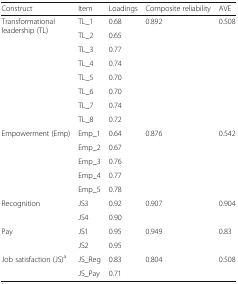
| Construct | Item | Loadings | Composite reliability | AVE |
 | --- | --- | --- | --- | --- |
 | <ROWSPAN=8> Transformational leadership (TL) | TL_1 | 0.68 | 0.892 | 0.508 |
 | TL_2 | 0.65 |  |  |
 | TL_3 | 0.77 |  |  |
 | TL_4 | 0.74 |  |  |
 | TL_5 | 0.70 |  |  |
 | TL_6 | 0.70 |  |  |
 | TL_7 | 0.74 |  |  |
 | TL_8 | 0.72 |  |  |
 | <ROWSPAN=5> Empowerment (Emp) | Emp_1 | 0.64 | 0.876 | 0.542 |
 | Emp_2 | 0.67 |  |  |
 | Emp_3 | 0.76 |  |  |
 | Emp_4 | 0.77 |  |  |
 | Emp_5 | 0.78 |  |  |
 | <ROWSPAN=2> Recognition | JS3 | 0.92 | 0.907 | 0.904 |
 | JS4 | 0.90 |  |  |
 | <ROWSPAN=2> Pay | JS1 | 0.95 | 0.949 | 0.83 |
 | JS2 | 0.95 |  |  |
 | <ROWSPAN=2> Job satisfaction (JS)a | JS_Reg | 0.83 | 0.804 | 0.508 |
 | JS_Pay | 0.71 |  |  |